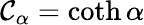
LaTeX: \mathcal{C}_{\alpha}=\coth\alpha